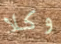
وكلا